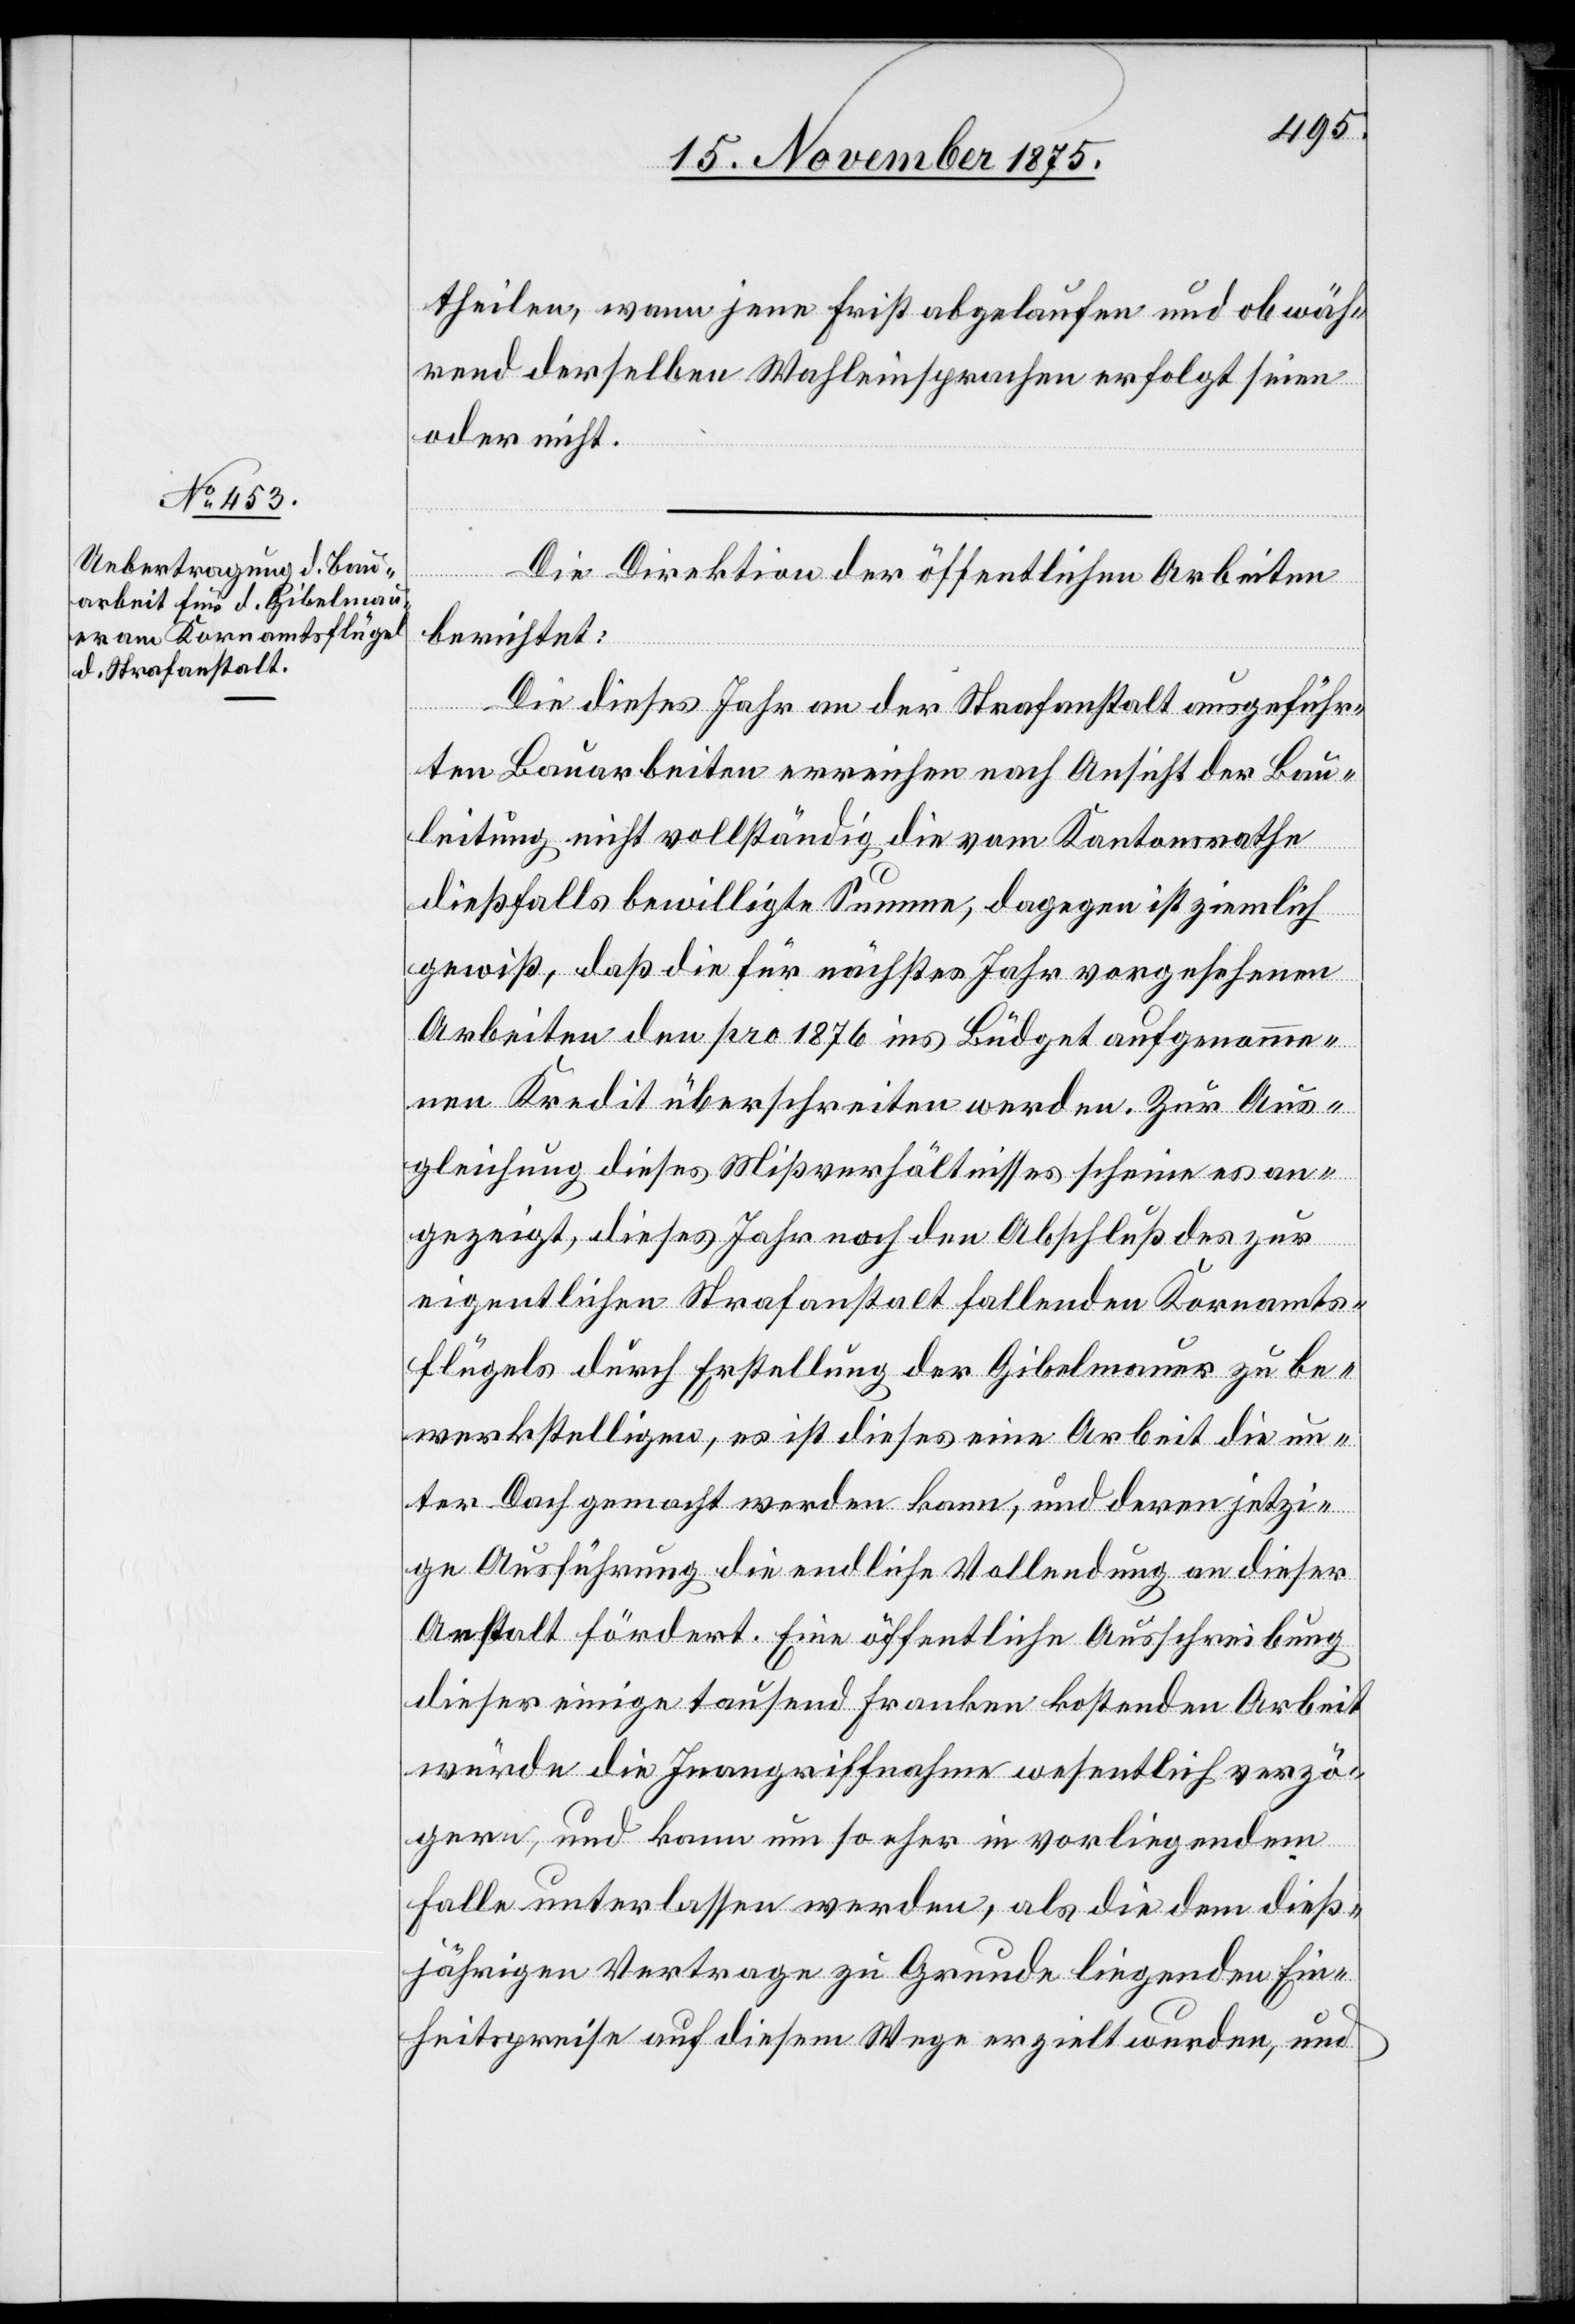
17. November 1875.]
theilen, wann jene Frist abgelaufen und ob wäh¬
rend derselben Wahleinsprachen erfolgt seien
oder nicht.
Die Direktion der öffentlichen Arbeiten
berichtet:
Die dieses Jahr an der Strafanstalt ausgeführ¬
ten Bauarbeiten erreichen nach Ansicht der Bau¬
leitung nicht vollständig die vom Kantonsrathe
dießfalls bewilligte Summe, dagegen ist ziemlich
gewiß, daß die für nächstes Jahr vorgesehenen
Arbeiten den pro 1876 ins Büdget aufgenomme¬
nen Kredit überschreiten werden. Zur Aus¬
gleichung dieses Mißverhältnisses scheine es an¬
gezeigt, dieses Jahr noch den Abschluß des zur
eigentlichen Strafanstalt fallenden Kornamts¬
flügels durch Erstellung der Gibelmauer zu be¬
werkstelligen, es ist dieses eine Arbeit die un¬
ter Dach gemacht werden kann, und deren jetzi¬
ge Ausführung die endliche Vollendung an dieser
Anstalt fördert. Eine öffentliche Ausschreibung
dieser einige tausend Franken kostenden Arbeit
würde die Inangriffnahme wesentlich verzö¬
gern, und kann um so eher in vorliegendem
Falle unterlassen werden, als die dem dieß¬
jährigen Vertrage zu Grunde liegenden Ein¬
heitspreise auf diesem Wege erzielt wurden, und